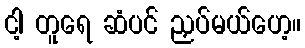
ငါ့ တူရေ ဆံပင် ညှပ်မယ်ဟေ့။